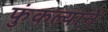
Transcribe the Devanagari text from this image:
फुंकल्याने